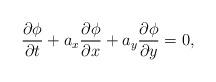
LaTeX: \begin{align*} \frac{\partial \phi}{\partial t} + a_x \frac{\partial \phi}{\partial x} + a_y \frac{\partial \phi}{\partial y} = 0,\end{align*}